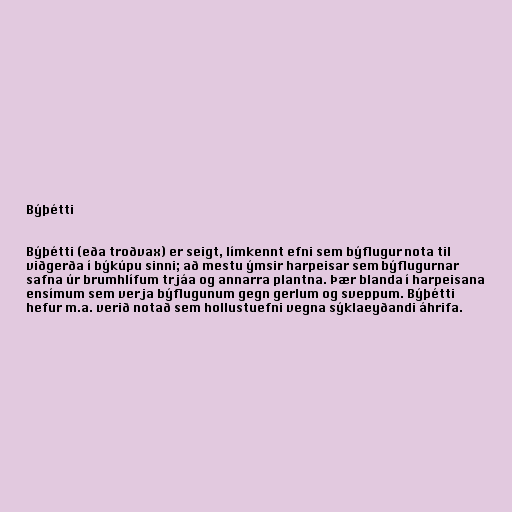
Býþétti

Býþétti (eða troðvax) er seigt, límkennt efni sem býflugur nota til
viðgerða í býkúpu sinni; að mestu ýmsir harpeisar sem býflugurnar
safna úr brumhlífum trjáa og annarra plantna. Þær blanda í harpeisana
ensímum sem verja býflugunum gegn gerlum og sveppum. Býþétti
hefur m.a. verið notað sem hollustuefni vegna sýklaeyðandi áhrifa.